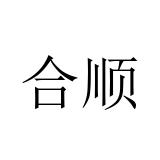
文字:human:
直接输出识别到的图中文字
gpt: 合顺